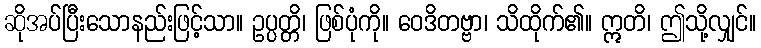
ဆိုအပ်ပြီးသောနည်းဖြင့်သာ။ ဥပ္ပတ္တိ၊ ဖြစ်ပုံကို။ ဝေဒိတဗ္ဗာ၊ သိထိုက်၏။ ဣတိ၊ ဤသို့လျှင်။